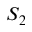
S _ { 2 }